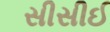
સીસીઈ